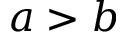
a > b